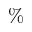
\%